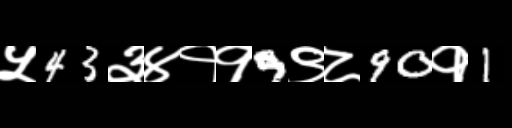
Text: ५43३४११9९८90१1